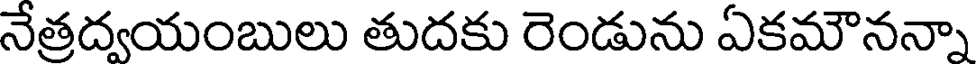
నేత్రద్వయంబులు తుదకు రెండును ఏకమౌనన్నా